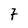
Character: 7